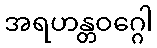
အရဟန္တဝဂ္ဂေါ